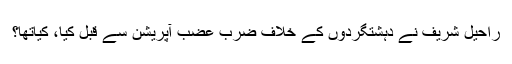
راحیل شریف نے دہشتگردوں کے خلاف ضرب عضب آپریشن سے قبل کیا، کیاتھا؟